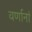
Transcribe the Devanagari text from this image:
वर्णानां